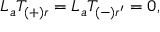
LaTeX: { \cal L } _ { a } T _ { ( + ) r } = { \cal L } _ { a } T _ { ( - ) r ^ { \prime } } = 0 ,